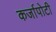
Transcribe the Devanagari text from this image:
कर्जापोटी